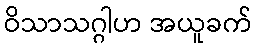
ဝိသာသဂ္ဂါဟ အယူခက်